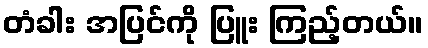
တံခါး အပြင်ကို ပြူး ကြည့်တယ်။